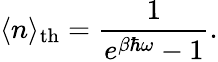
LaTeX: \langle n\rangle_{\mathrm{th}}={\frac{1}{e^{\beta\hbar\omega}-1}}.